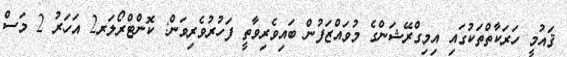
ޤައުމީ ހަރަކާތްތަކުގައި އިމިގްރޭޝަންގެ މުވައްޒަފުން ބައިވެރިވާތީ ފަހުރުވެރިވަން: ކޮންޓްރޯލަރ2 އަހަރު 2 މަސް